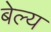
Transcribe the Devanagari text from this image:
बेल्य